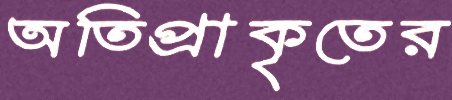
অতিপ্রাকৃতের